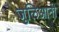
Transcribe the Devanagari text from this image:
जुलिआनी